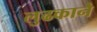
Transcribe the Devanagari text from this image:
लुढकाने